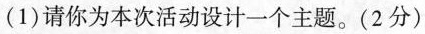
(1)请你为本次活动设计一个主题。(2分)